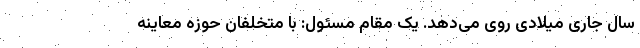
سال جاری میلادی روی می‌دهد. یک مقام مسئول: با متخلفان حوزه معاینه